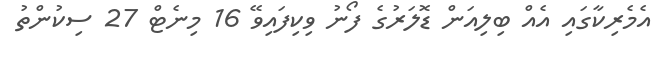
އެމެރިކާގައި އެއް ބިލިއަން ޑޮލަރުގެ ފޯނު ވިކިފައިވޭ 16 މިނެޓް 27 ސިކުންތު